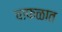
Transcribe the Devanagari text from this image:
चाफळात